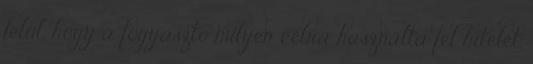
felül, hogy a fogyasztó milyen célra használta fel hitelét.